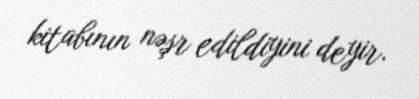
kitabının nəşr edildiyini deyir.